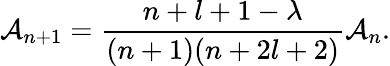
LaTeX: \mathcal{A}_{n+1}=\frac{{n+l+1-\lambda}}{{(n+1)(n+2l+2)}}\mathcal{A}_{n}.